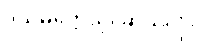
ဒသမတ္တေသု၊ ဆယ်လုံး